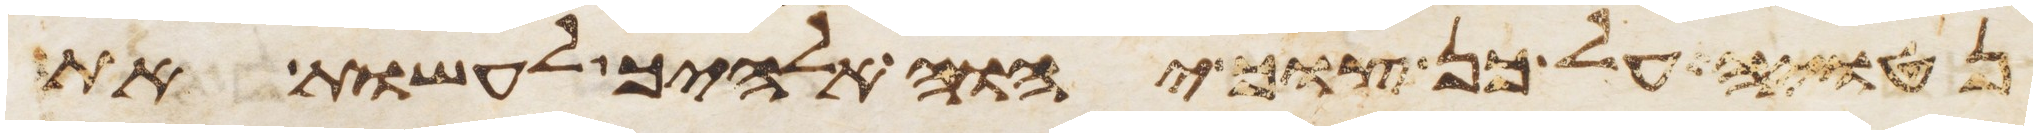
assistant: נטויה על כן צוך יהוה אלהיך לעשות את